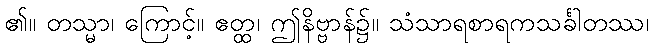
၏။ တသ္မာ၊ ကြောင့်။ ဧတ္ထ၊ ဤနိဗ္ဗာန်၌။ သံသာရစာရကသင်္ခါတဿ၊